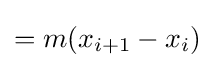
=m(x_{i+1}-x_{i})\!